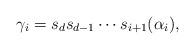
LaTeX: \begin{align*} \gamma_i = s_d s_{d-1} \cdots s_{i+1}(\alpha_i),\end{align*}